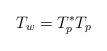
LaTeX: \begin{align*} T_w=T_p^*T_p\end{align*}